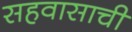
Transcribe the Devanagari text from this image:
सहवासाची